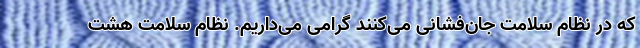
که در نظام سلامت جان‌فشانی می‌کنند گرامی می‌داریم. نظام سلامت هشت